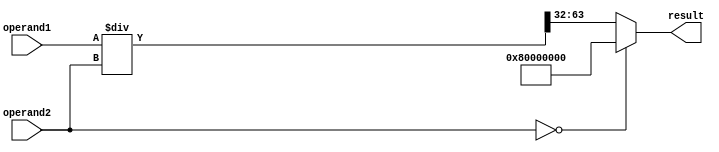
module Fractional_Divider(
    input [31:0] operand1,
    input [31:0] operand2,
    output reg [31:0] result
);

reg [63:0] intermediate_value;
reg [31:0] quotient;
reg [31:0] remainder;

always @ (*) begin
    intermediate_value = {32'b0, operand1} / operand2;
    quotient = intermediate_value[63:32];
    remainder = intermediate_value[31:0];
    
    if(operand2 == 0) begin
        result = 32'h80000000; // Division by zero
    end else begin
        result = quotient;
    end
end

endmodule